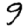
Digit: 9